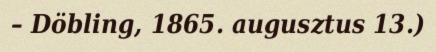
– Döbling, 1865. augusztus 13.)